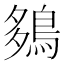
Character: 𪀩